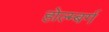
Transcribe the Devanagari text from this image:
होल्म्बर्ग